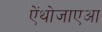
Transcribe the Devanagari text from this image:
ऐंथोजाएआ